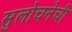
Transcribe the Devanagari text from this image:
सुलोचनेची